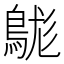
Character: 𪁒